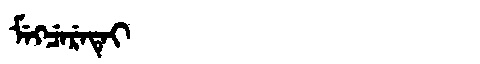
Manchu: ᠮᡝᡴᠴᡝᡵᡝᡨᡝᡳ
Romanization: MEKCERETEI